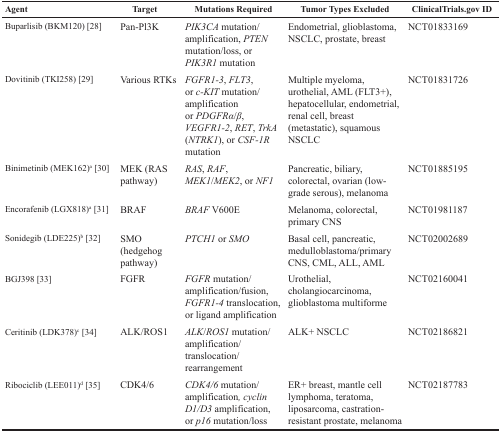
<table><thead><tr><td><b>Agent</b></td><td><b>Target</b></td><td><b>Mutations Required</b></td><td><b>Tumor Types Excluded</b></td><td><b>ClinicalTrials.gov ID</b></td></tr></thead><tbody><tr><td>Buparlisib (BKM120) [28]</td><td>Pan-Pl3K</td><td><i>PIK3CA</i> mutation/amplification, <i>PTEN</i> mutation/loss, or <i>PIK3R1</i> mutation</td><td>Endometrial, glioblastoma, NSCLC, prostate, breast</td><td>NCT01833169</td></tr><tr><td>Dovitinib (TKI258) [29]</td><td>Various RTKs</td><td><i>FGFR1-3</i>, <i>FLT3</i>, or <i>c-KIT</i> mutation/amplification or <i>PDGFRα</i>/<i>β</i>, <i>VEGFR1-2</i>, <i>RET</i>, <i>TrkA</i> (<i>NTRK1</i>), or <i>CSF-1R</i> mutation</td><td>Multiple myeloma, urothelial, AML (FLT3+), hepatocellular, endometrial, renal cell, breast (metastatic), squamous NSCLC</td><td>NCT01831726</td></tr><tr><td>Binimetinib (MEK162)<sup>a</sup> [30]</td><td>MEK (RAS pathway)</td><td><i>RAS</i>, <i>RAF</i>, <i>MEK1</i>/<i>MEK2</i>, or <i>NF1</i></td><td>Pancreatic, biliary, colorectal, ovarian (low-grade serous), melanoma</td><td>NCT01885195</td></tr><tr><td>Encorafenib (LGX818)<sup>a</sup> [31]</td><td>BRAF</td><td><i>BRAF</i> V600E</td><td>Melanoma, colorectal, primary CNS</td><td>NCT01981187</td></tr><tr><td>Sonidegib (LDE225)<sup>b</sup> [32]</td><td>SMO (hedgehog pathway)</td><td><i>PTCH1</i> or <i>SMO</i></td><td>Basal cell, pancreatic, medulloblastoma/primary CNS, CML, ALL, AML</td><td>NCT02002689</td></tr><tr><td>BGJ398 [33]</td><td>FGFR</td><td><i>FGFR</i> mutation/amplification/fusion, <i>FGFR1-4</i> translocation, or ligand amplification</td><td>Urothelial, cholangiocarcinoma, glioblastoma multiforme</td><td>NCT02160041</td></tr><tr><td>Ceritinib (LDK378)<sup>c</sup> [34]</td><td>ALK/ROS1</td><td><i>ALK</i>/<i>ROS1</i> mutation/amplification/translocation/rearrangement</td><td>ALK+ NSCLC</td><td>NCT02186821</td></tr><tr><td>Ribociclib (LEE011)<sup>d</sup> [35]</td><td>CDK4/6</td><td><i>CDK4/6</i> mutation/amplification<i>, cyclin D1/D3</i> amplification, or <i>p16</i> mutation/loss</td><td>ER+ breast, mantle cell lymphoma, teratoma, liposarcoma, castration-resistant prostate, melanoma</td><td>NCT02187783</td></tr></tbody></table>